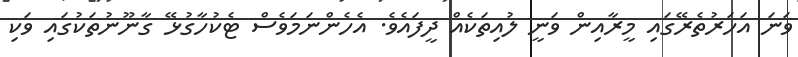
ވަނަ އަހަރުތެރޭގައި މީރާއިން ވަނީ ލުއިތަކެއް ދީފައެވެ. އެހެންނަމަވެސް ޓެކުހާގުޅޭ ގާނޫނުތަކުގައި ވަކި